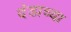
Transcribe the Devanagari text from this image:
दंडाच्या